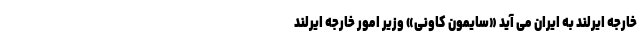
خارجه ایرلند به ایران می‌ آید «سایمون کاونی» وزیر امور خارجه ایرلند